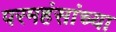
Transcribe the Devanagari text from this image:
परमहंसांच्या